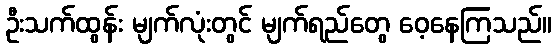
ဦးသက်ထွန်း မျက်လုံးတွင် မျက်ရည်တွေ ဝေ့နေကြသည်။